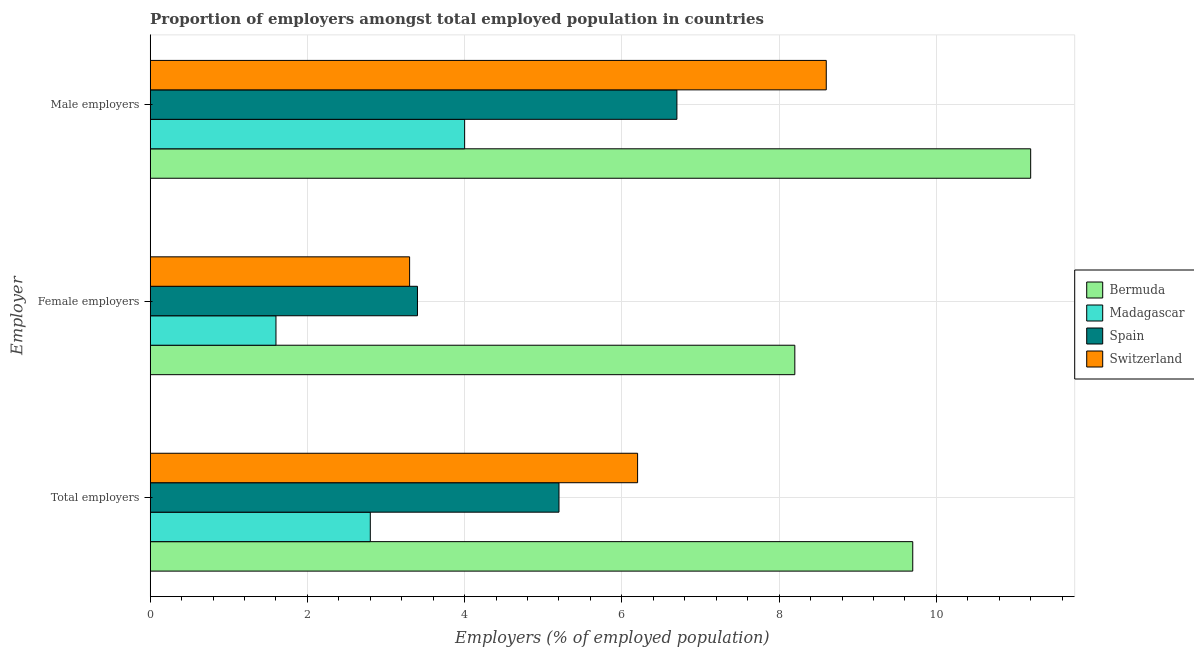
| Employer | Bermuda | Madagascar | Spain | Switzerland |
 | --- | --- | --- | --- | --- |
 | Total employers | 9.7 | 2.8 | 5.2 | 6.2 |
 | Female employers | 8.2 | 1.6 | 3.4 | 3.3 |
 | Male employers | 11.2 | 4 | 6.7 | 8.6 |